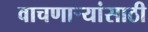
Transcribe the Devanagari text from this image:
वाचणाऱ्यांसाठी